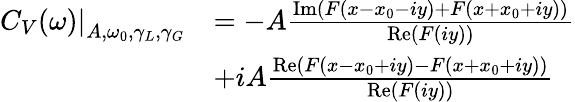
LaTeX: \begin{array}{rl}{\left.C_{V}(\omega)\right\vert_{A,\omega_{0},\gamma_{L},\gamma_{G}}}&{=-A\frac{\textrm{Im}(F(x-x_{0}-iy)+F(x+x_{0}+iy))}{\textrm{Re}(F(iy))}}\\ &{+iA\frac{\textrm{Re}(F(x-x_{0}+iy)-F(x+x_{0}+iy))}{\textrm{Re}(F(iy))}}\end{array}